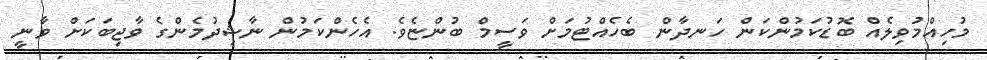
މުހިއްމުވިލެއް ބޮޑުކަމުންކަން ހަނދާން ބެހެއްޓުމަށް ވަސީމް ބުންޏެވެ. އެހެންކަމުން ނާޝިދުމެންގެ ވާޖިބަކަށް ވާނީ